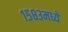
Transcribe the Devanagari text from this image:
१५८३मध्ये